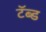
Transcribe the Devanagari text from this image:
टॅब्ड